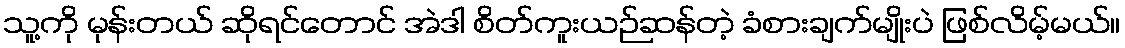
သူ့ကို မုန်းတယ် ဆိုရင်တောင် အဲဒါ စိတ်ကူးယဉ်ဆန်တဲ့ ခံစားချက်မျိုးပဲ ဖြစ်လိမ့်မယ်။